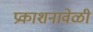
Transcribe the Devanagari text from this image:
प्रकाशनावेळी